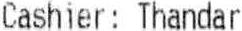
CASHIER : THANDAR